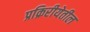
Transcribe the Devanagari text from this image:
प्रक्रिरीयेतील